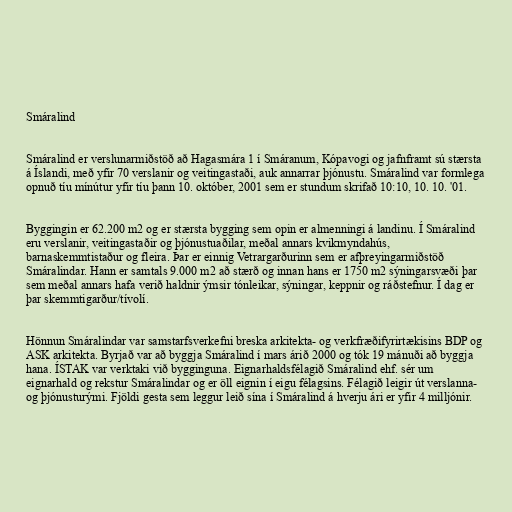
Smáralind

Smáralind er verslunarmiðstöð að Hagasmára 1 í Smáranum, Kópavogi og jafnframt sú stærsta
á Íslandi, með yfir 70 verslanir og veitingastaði, auk annarrar þjónustu. Smáralind var formlega
opnuð tíu mínútur yfir tíu þann 10. október, 2001 sem er stundum skrifað 10:10, 10. 10. '01.

Byggingin er 62.200 m2 og er stærsta bygging sem opin er almenningi á landinu. Í Smáralind
eru verslanir, veitingastaðir og þjónustuaðilar, meðal annars kvikmyndahús,
barnaskemmtistaður og fleira. Þar er einnig Vetrargarðurinn sem er afþreyingarmiðstöð
Smáralindar. Hann er samtals 9.000 m2 að stærð og innan hans er 1750 m2 sýningarsvæði þar
sem meðal annars hafa verið haldnir ýmsir tónleikar, sýningar, keppnir og ráðstefnur. Í dag er
þar skemmtigarður/tívolí.

Hönnun Smáralindar var samstarfsverkefni breska arkitekta- og verkfræðifyrirtækisins BDP og
ASK arkitekta. Byrjað var að byggja Smáralind í mars árið 2000 og tók 19 mánuði að byggja
hana. ÍSTAK var verktaki við bygginguna. Eignarhaldsfélagið Smáralind ehf. sér um
eignarhald og rekstur Smáralindar og er öll eignin í eigu félagsins. Félagið leigir út verslanna-
og þjónusturými. Fjöldi gesta sem leggur leið sína í Smáralind á hverju ári er yfir 4 milljónir.